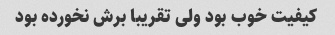
کیفیت خوب بود ولی تقریبا برش نخورده بود